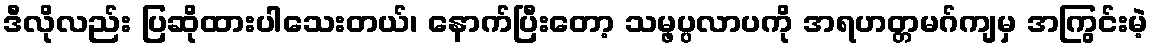
ဒီလိုလည်း ပြဆိုထားပါသေးတယ်၊ နောက်ပြီးတော့ သမ္ဖပ္ပလာပကို အရဟတ္တမဂ်ကျမှ အကြွင်းမဲ့